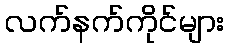
လက်နက်ကိုင်များ